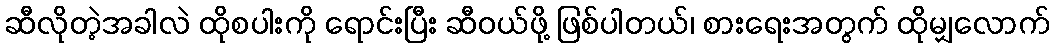
ဆီလိုတဲ့အခါလဲ ထိုစပါးကို ရောင်းပြီး ဆီဝယ်ဖို့ ဖြစ်ပါတယ်၊ စားရေးအတွက် ထိုမျှလောက်